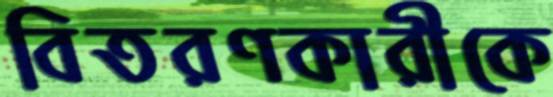
বিতরণকারীকে